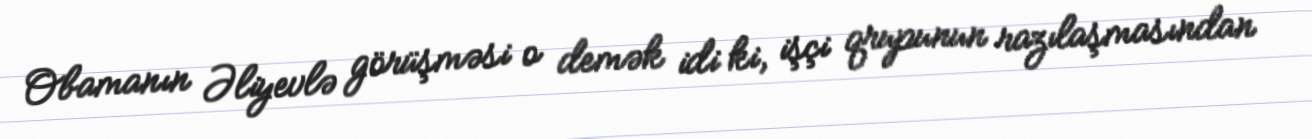
Obamanın Əliyevlə görüşməsi o demək idi ki, işçi qrupunun razılaşmasından